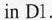
in Dl.